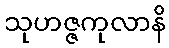
သုဟဇ္ဇကုလာနိ